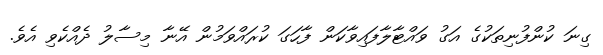
ގިނަ ކުންފުނިތަކުގެ އަގު ވައްޓާލާފައިވާކަން ފާހަގަ ކުރައްވަމުން އޭނާ މިސާލު ދެއްކެވި އެވެ.